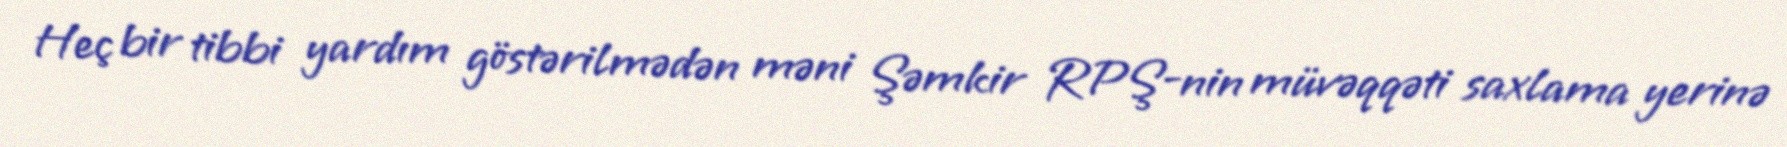
Heç bir tibbi yardım göstərilmədən məni Şəmkir RPŞ-nin müvəqqəti saxlama yerinə